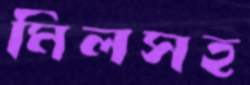
মিলসহ